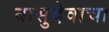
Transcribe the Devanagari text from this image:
वासुदेवाचा